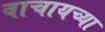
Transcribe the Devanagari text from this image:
वाचायच्या